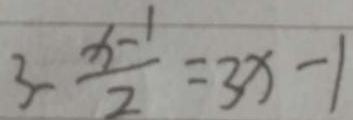
3 - \frac { x - 1 } { 2 } = 3 x - 1